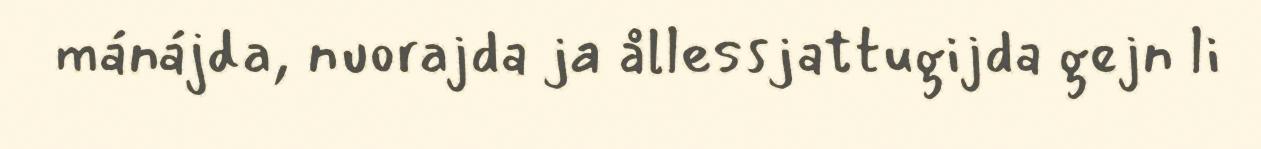
mánájda, nuorajda ja ållessjattugijda gejn li